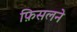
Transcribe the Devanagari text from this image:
फ़िसलने